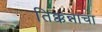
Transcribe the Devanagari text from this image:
तिक्कन्नाचा